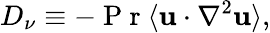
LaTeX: D_{\nu}\equiv-\mathrm{~P~r~}\langle\textbf{u}\cdot\nabla^{2}\textbf{u}\rangle,